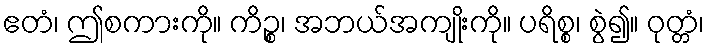
ဧတံ၊ ဤစကားကို။ ကိဉ္စ၊ အဘယ်အကျိုးကို။ ပရိစ္စ၊ စွဲ၍။ ဝုတ္တံ၊